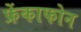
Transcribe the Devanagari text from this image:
फ्रेंकाफोन